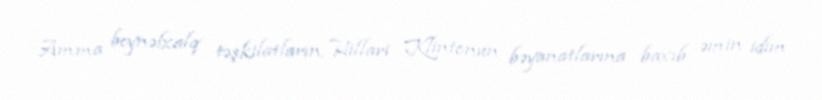
Amma beynəlxalq təşkilatların, Hillari Klintonun bəyanatlarına baxıb əmin idim